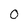
Character: 0